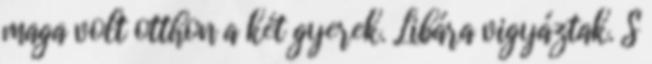
maga volt otthon a két gyerek. Libára vigyáztak. S